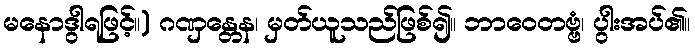
မနောဒွါရဖြင့်။) ဂဏှန္တေန၊ မှတ်ယူသည်ဖြစ်၍။ ဘာဝေတဗ္ဗံ၊ ပွါးအပ်၏။